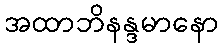
အထာဘိနန္ဒမာနော